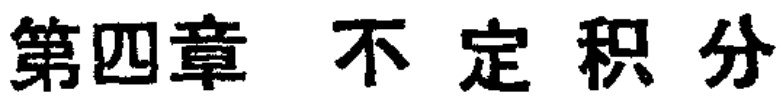
第四章 不定积分